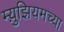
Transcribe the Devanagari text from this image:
म्य़ुझियमच्या